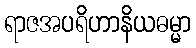
ရာဇအပရိဟာနိယဓမ္မာ